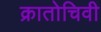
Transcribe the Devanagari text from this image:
क्रातोचिवी